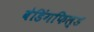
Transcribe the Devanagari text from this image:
बेडिंगफिल्ड